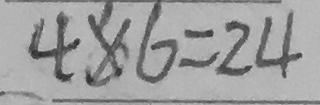
4 \times 6 = 2 4